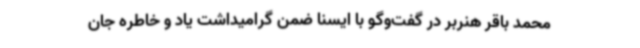
محمد باقر هنربر در گفت‌وگو با ایسنا ضمن گرامیداشت یاد و خاطره جان